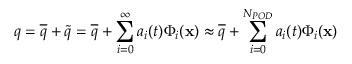
q = \overline { { q } } + \tilde { q } = \overline { { q } } + \sum _ { i = 0 } ^ { \infty } a _ { i } ( t ) \Phi _ { i } ( \mathbf { x } ) \approx \overline { { q } } + \sum _ { i = 0 } ^ { N _ { P O D } } a _ { i } ( t ) \Phi _ { i } ( \mathbf { x } )